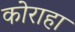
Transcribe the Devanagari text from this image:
कोराहा